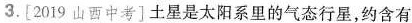
3.[2019山西中考]土星是太阳系里的气态行星，约含有